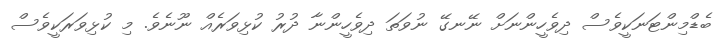
ބެޑްމިންޓަނަކީވެސް ދިވެހީންނަށް ނޭނގޭ ނުވަތަ ދިވެހީންނާ ދުރު ކުޅިވަރެއް ނޫނެވެ. މި ކުޅިވަރަކީވެސް